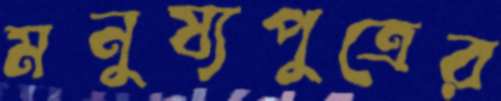
মনুষ্যপুত্রের